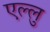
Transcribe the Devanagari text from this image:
एल्लु